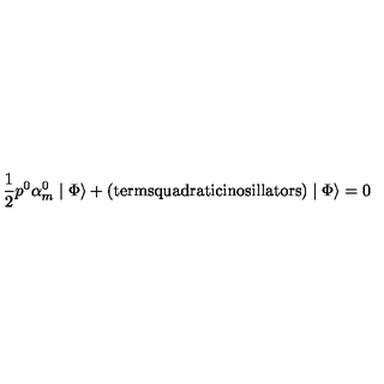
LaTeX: \frac { 1 } { 2 } p ^ { 0 } \alpha _ { m } ^ { 0 } \mid \Phi \rangle + \mathrm { ( t e r m s q u a d r a t i c i n o s i l l a t o r s ) } \mid \Phi \rangle = 0